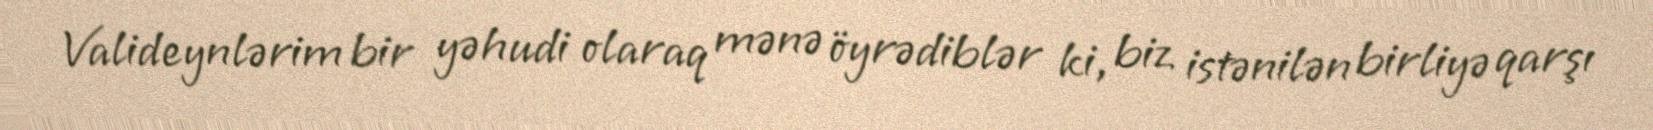
Valideynlərim bir yəhudi olaraq mənə öyrədiblər ki, biz istənilən birliyə qarşı